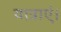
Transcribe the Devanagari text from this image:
यात्राएं।